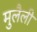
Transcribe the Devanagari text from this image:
मुलैली